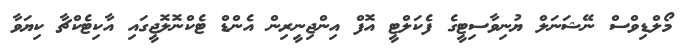
މޯލްޑިވްސް ނޭޝަނަލް ޔުނިވާސިޓީގެ ފެކަލްޓީ އޮފް އިންޖިނީރިން އެންޑް ޓެކްނޮލޮޖީގައި އާކިޓެކްޗާ ކިޔަވާ